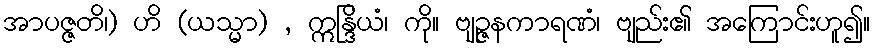
အာပဇ္ဇတိ၊) ဟိ (ယသ္မာ) , ဣန္ဒြိယံ၊ ကို။ ဗျဉ္ဇနကာရဏံ၊ ဗျည်း၏ အကြောင်းဟူ၍။